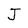
Character: J